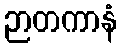
ဉာတကာနံ